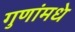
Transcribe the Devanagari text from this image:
गुणांमधे